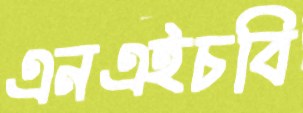
এনএইচবি